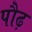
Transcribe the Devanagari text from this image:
पौढ़